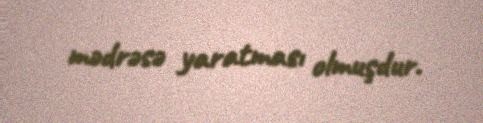
mədrəsə yaratması olmuşdur.